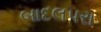
બાદલપરા